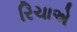
રિચાએ